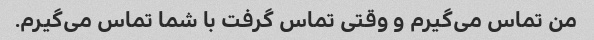
من تماس می‌گیرم و وقتی تماس گرفت با شما تماس می‌گیرم.